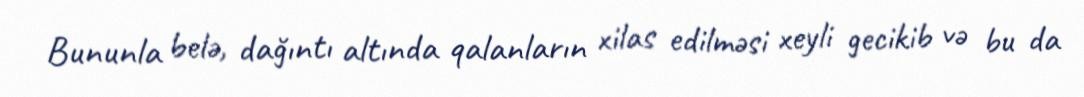
Bununla belə, dağıntı altında qalanların xilas edilməsi xeyli gecikib və bu da